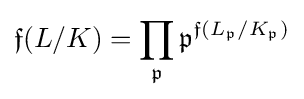
{\mathfrak {f}}(L/K)=\prod _{\mathfrak {p}}{\mathfrak {p}}^{{\mathfrak {f}}\left(L_{\mathfrak {p}}/K_{\mathfrak {p}}\right)}